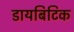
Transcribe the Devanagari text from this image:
डायबिटिक